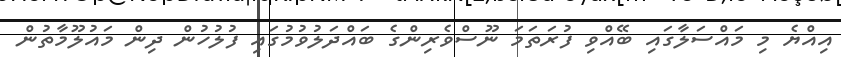
އިއްޔެ މި މައްސަލާގައި ބޭއްވި ފުރަތަމަ ނޫސްވެރިންގެ ބައްދަލުވުމުގައި ފުލުހުން ދިން މައުލޫމާތުން